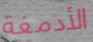
الأدمغة